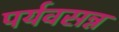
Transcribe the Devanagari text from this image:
पर्यवसन्न